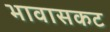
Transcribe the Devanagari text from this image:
भावासकट